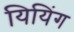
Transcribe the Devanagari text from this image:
यियिंग